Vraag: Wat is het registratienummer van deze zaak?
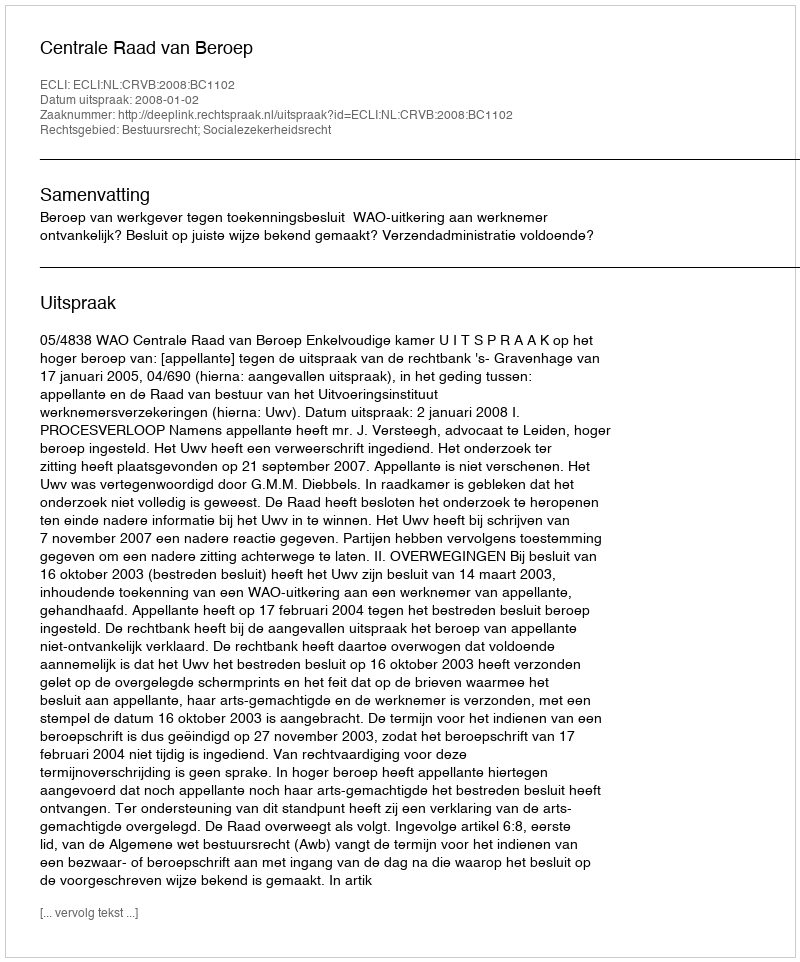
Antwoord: http://deeplink.rechtspraak.nl/uitspraak?id=ECLI:NL:CRVB:2008:BC1102